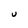
Character: U